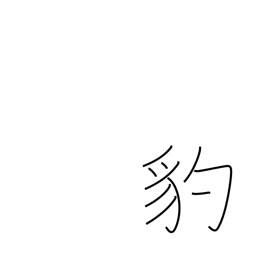
Meaning: leopard